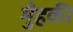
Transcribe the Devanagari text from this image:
मुँहकी